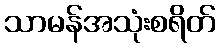
သာမန်အသုံးစရိတ်